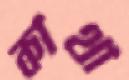
কাথা